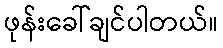
ဖုန်းခေါ်ချင်ပါတယ်။